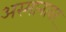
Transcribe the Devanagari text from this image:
अस्मानावर